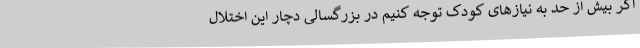
اگر بیش از حد به نیازهای کودک توجه کنیم در بزرگسالی دچار این اختلال